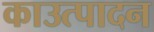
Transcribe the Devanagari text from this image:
काउत्पादन